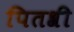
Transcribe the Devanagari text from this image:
पितश्री